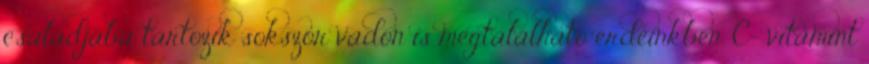
családjába tartozik sokszor vadon is megtalálható erdeinkben. C- vitamint